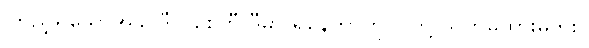
ကြည့်ရှုသောအခါ ဒီလိုစေတီ ဒီမှာ ရှိနေတာကို ငါတို့ သတိမထားမိဘူး။